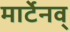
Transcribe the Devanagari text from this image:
मार्टेनव्